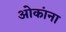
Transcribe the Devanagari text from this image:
ओकांना